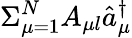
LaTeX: \Sigma_{\mu=1}^{N}A_{\mu l}\hat{a}_{\mu}^{\dagger}